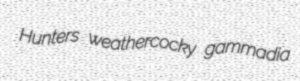
Hunters weathercocky gammadia